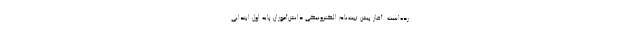
رده‌است. آغاز پیش ثبت‌نام الکترونیکی دانش‌آموزان پایه اول ابتدایی